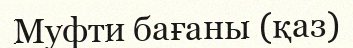
Муфти бағаны (қаз)